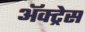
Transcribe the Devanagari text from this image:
ॲक्ट्रेस